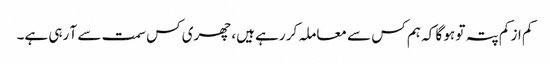
کم از کم پتہ تو ہو گا کہ ہم کس سے معاملہ کر رہے ہیں، چھری کس سمت سے آ رہی ہے۔